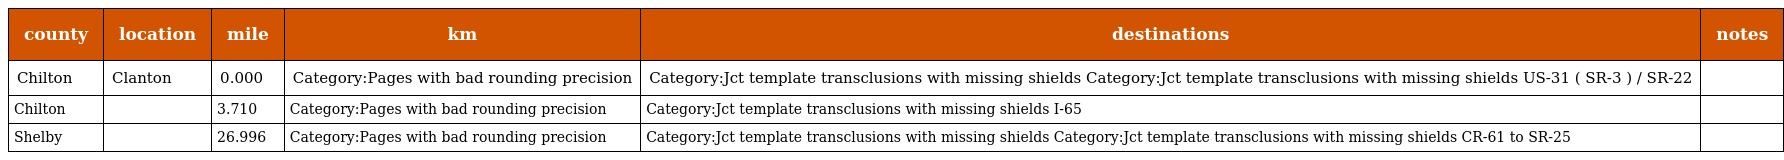
| county | location | mile | km | destinations | notes |
 | --- | --- | --- | --- | --- | --- |
 | Chilton | Clanton | 0.000 | Category:Pages with bad rounding precision | Category:Jct template transclusions with missing shields Category:Jct template transclusions with missing shields US-31 ( SR-3 ) / SR-22 |  |
 | Chilton |  | 3.710 | Category:Pages with bad rounding precision | Category:Jct template transclusions with missing shields I-65 |  |
 | Shelby |  | 26.996 | Category:Pages with bad rounding precision | Category:Jct template transclusions with missing shields Category:Jct template transclusions with missing shields CR-61 to SR-25 |  |